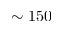
\sim 1 5 0